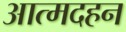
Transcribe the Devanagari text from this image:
आत्मदहन